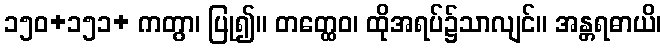
၁၅၀+၁၅၁+ ကတွာ၊ ပြု၍။ တတ္ထေဝ၊ ထိုအရပ်၌သာလျင်။ အန္တရဓာယိ၊